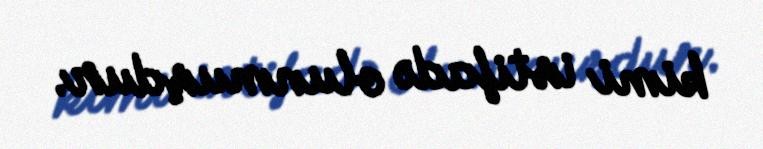
kimi istifadə olunmuşdur.